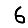
Digit: 6